Vabadussoja_Ajaloo_Komitee, lk 18
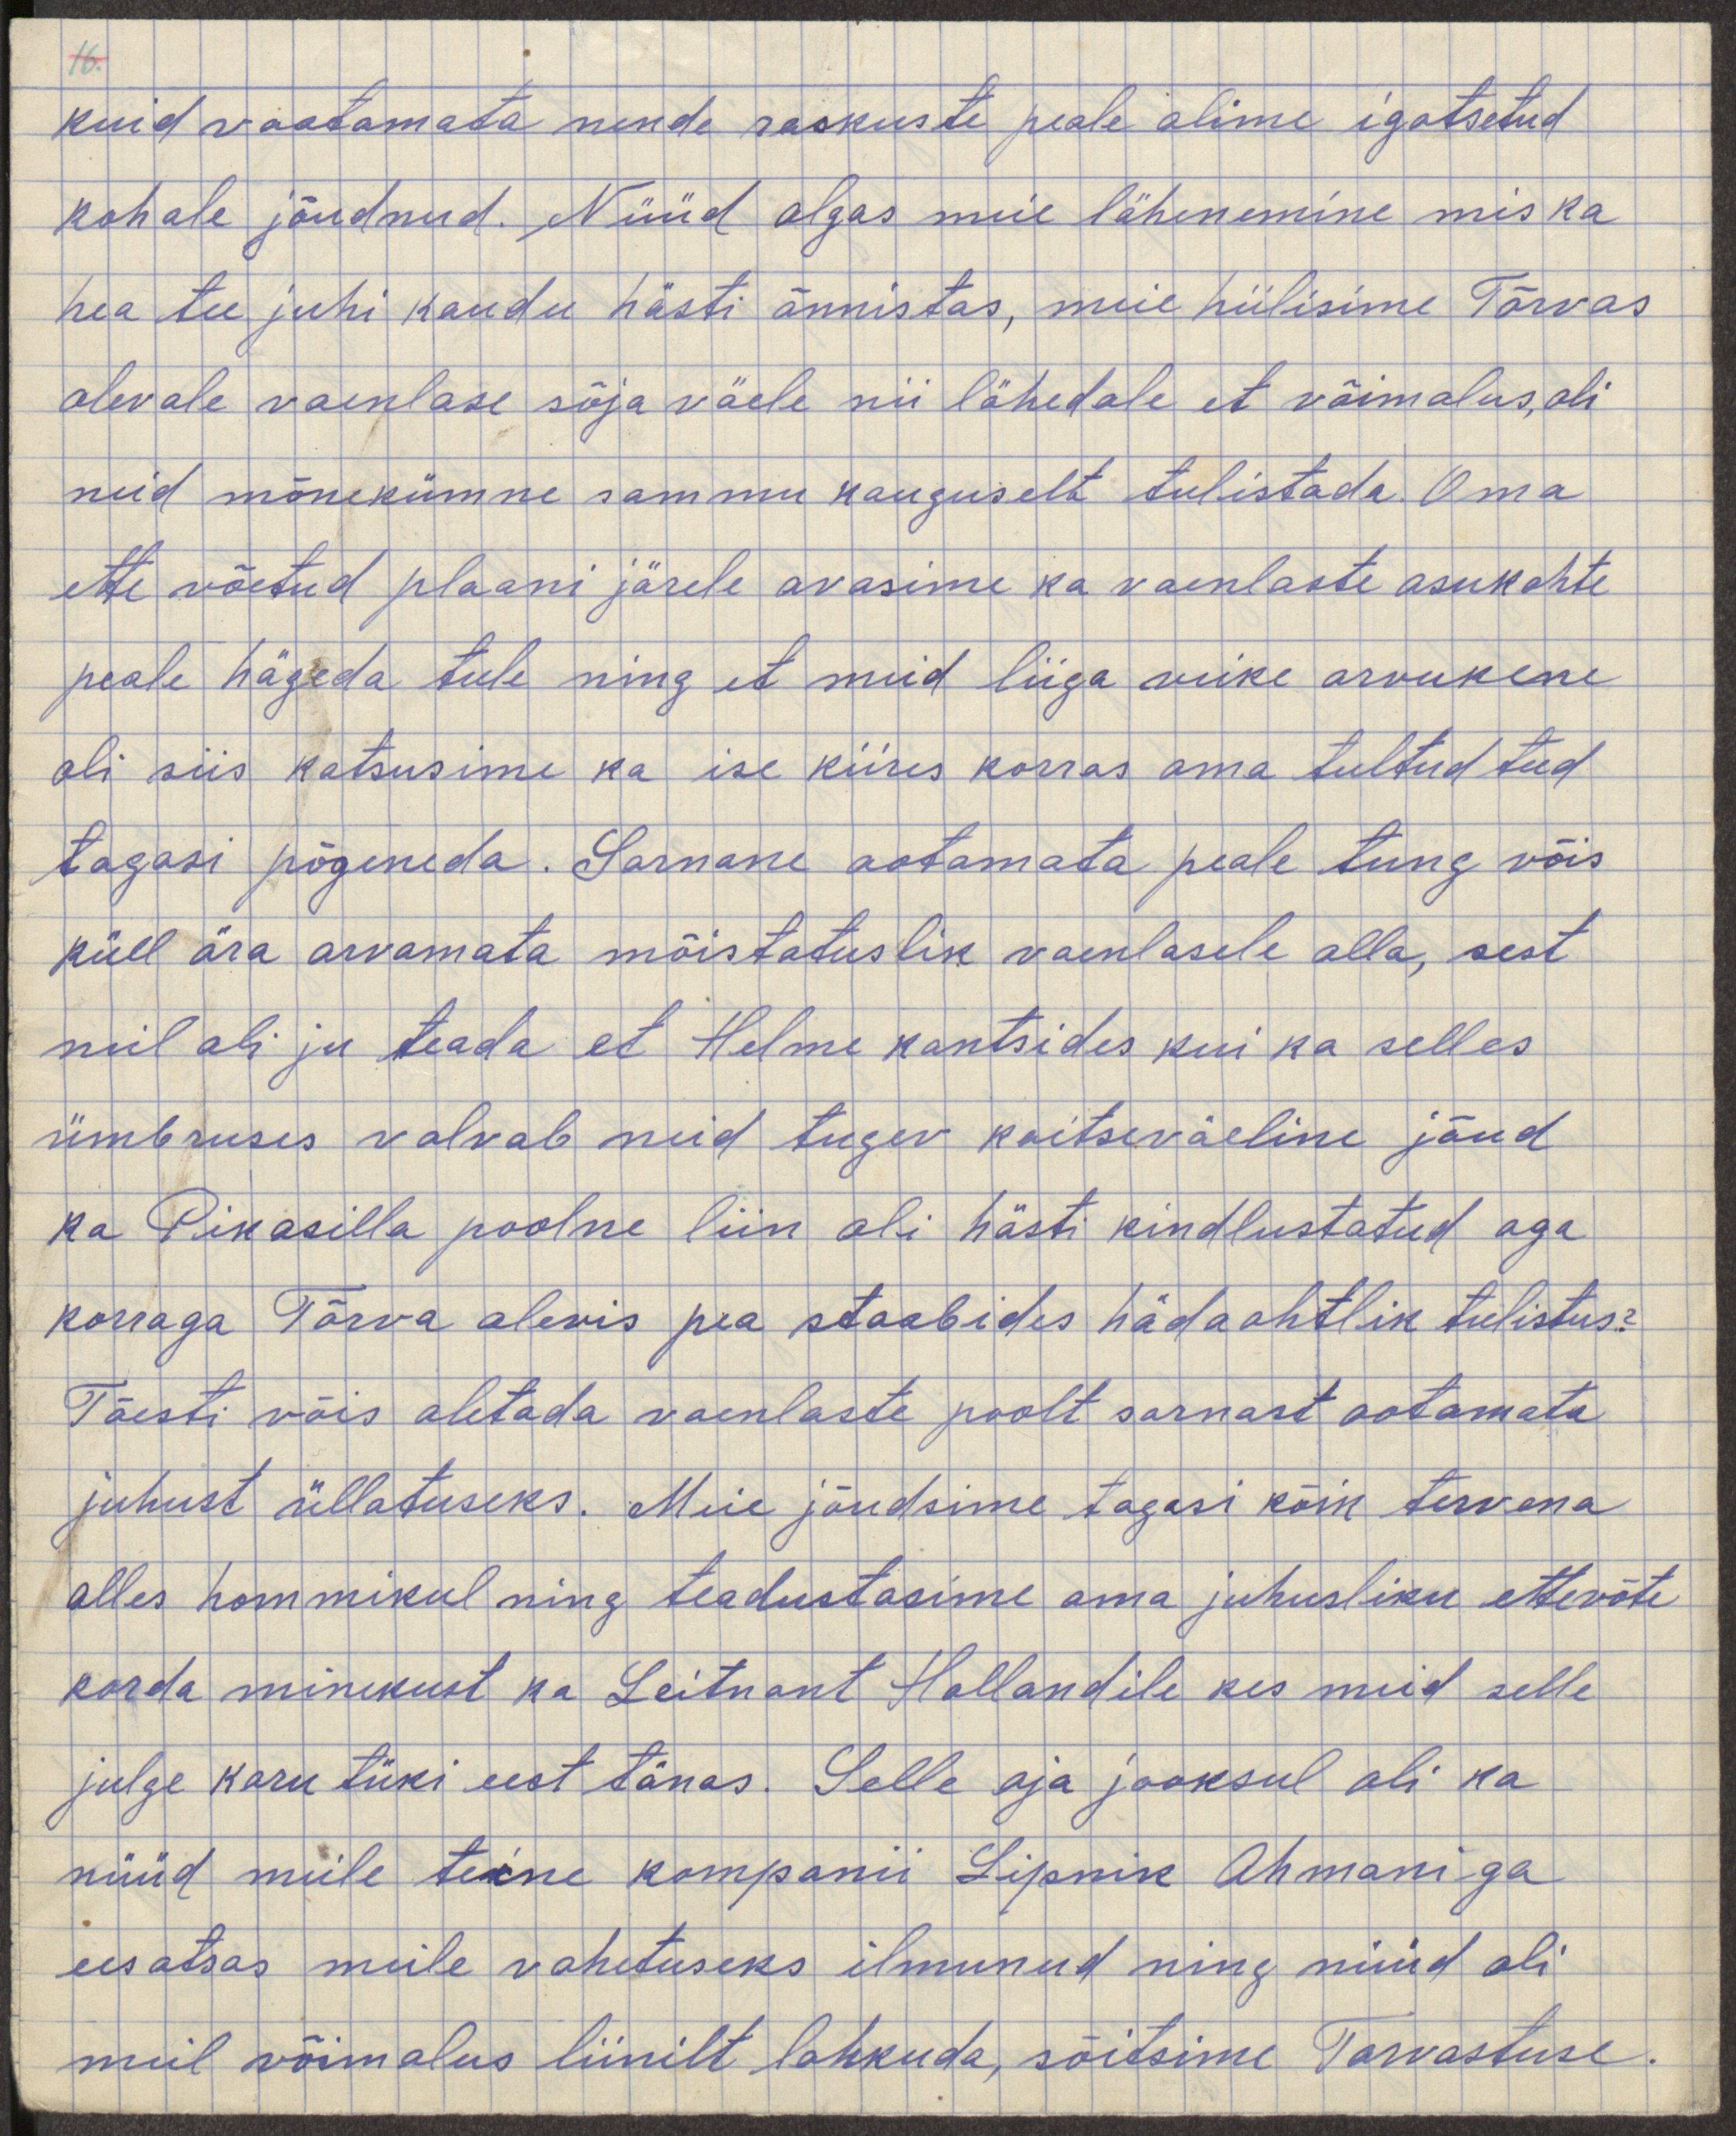
kuid vaatamata nende raskuste peale olime igatsetud
kohale jõudnud. Nüüd algas meie lähenemine mis ka
hea tee juhi kaudu hästi õnnistas, meie hiilisime Tõrvas
olevale vaenlase sõja väele nii lähedale et võimalus oli
neid mõnekümne sammu kauguselt tulistada. Oma
ette võetud plaani järele avasime ka vaenlaste asukohte
peale hägeda tule ning et neid liiga veike arvukene
oli siis katsusime ka ise kiires korras oma tultud teed
tagasi põgeneda. Sarnane ootamata peale tungi võis
küll ära arvamata mõistatuslik vaenlasele olla, sest
neil oli ju teada et Helme kantsides kui ka selles
ümbruses valvab neid tugev kaitseväline jõud
ka Pikasilla poolne liin oli hästi kindlustatud aga
korraga Tõrva alevi pea staabides hädaohtlik tulistus?
Tõesti võis oletada vaenlaste poolt sarnast ootamata
juhust üllatuseks. Meie jõudsime tagasi kõik tervena
alles hommikul ning teadustasime oma juhusliku ettevõte
korda minekust ka Leitnant Hollandile kes meid selle
julge karutüki eest tänas. Selle aja jooksul oli ka
nüüd meile teine kompanii Lipnik Ahmani-ga
eesotsas meile vahetuseks ilmunud ning nüüd oli
meil võimalus liinilt lahkuda, sõitsime Tarvastuse